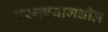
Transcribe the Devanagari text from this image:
परगण्यामधील